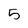
Character: 5